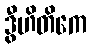
ဒွီဟိတိကေ